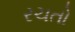
રચતો